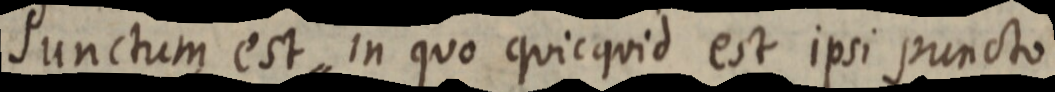
Punctum est, in quo quicquid est ipsi puncto